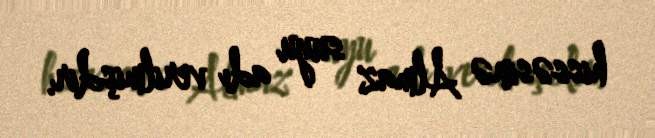
hissəsinə Almaz suyu adı verilmişdir.